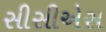
સીસીએસ